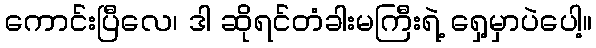
ကောင်းပြီလေ၊ ဒါ ဆိုရင်တံခါးမကြီးရဲ့ ရှေ့မှာပဲပေါ့။